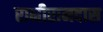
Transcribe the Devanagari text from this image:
रामीरामदास